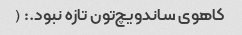
کاهوی ساندویچ‌تون تازه نبود.: (